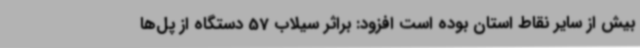
بیش از سایر نقاط استان بوده است افزود: براثر سیلاب 57 دستگاه از پل‌ها